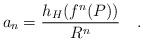
LaTeX: \begin{align*}a_{n}=\frac{ h_{H}(f^{n}(P))}{R^{n}}\ \ \ .\end{align*}